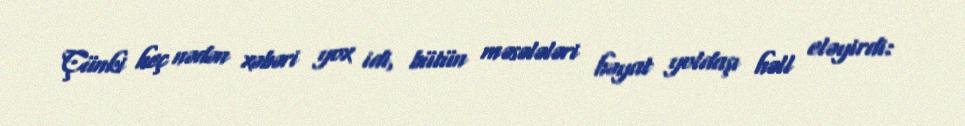
Çünki heç nədən xəbəri yox idi, bütün məsələləri həyat yoldaşı həll eləyirdi: